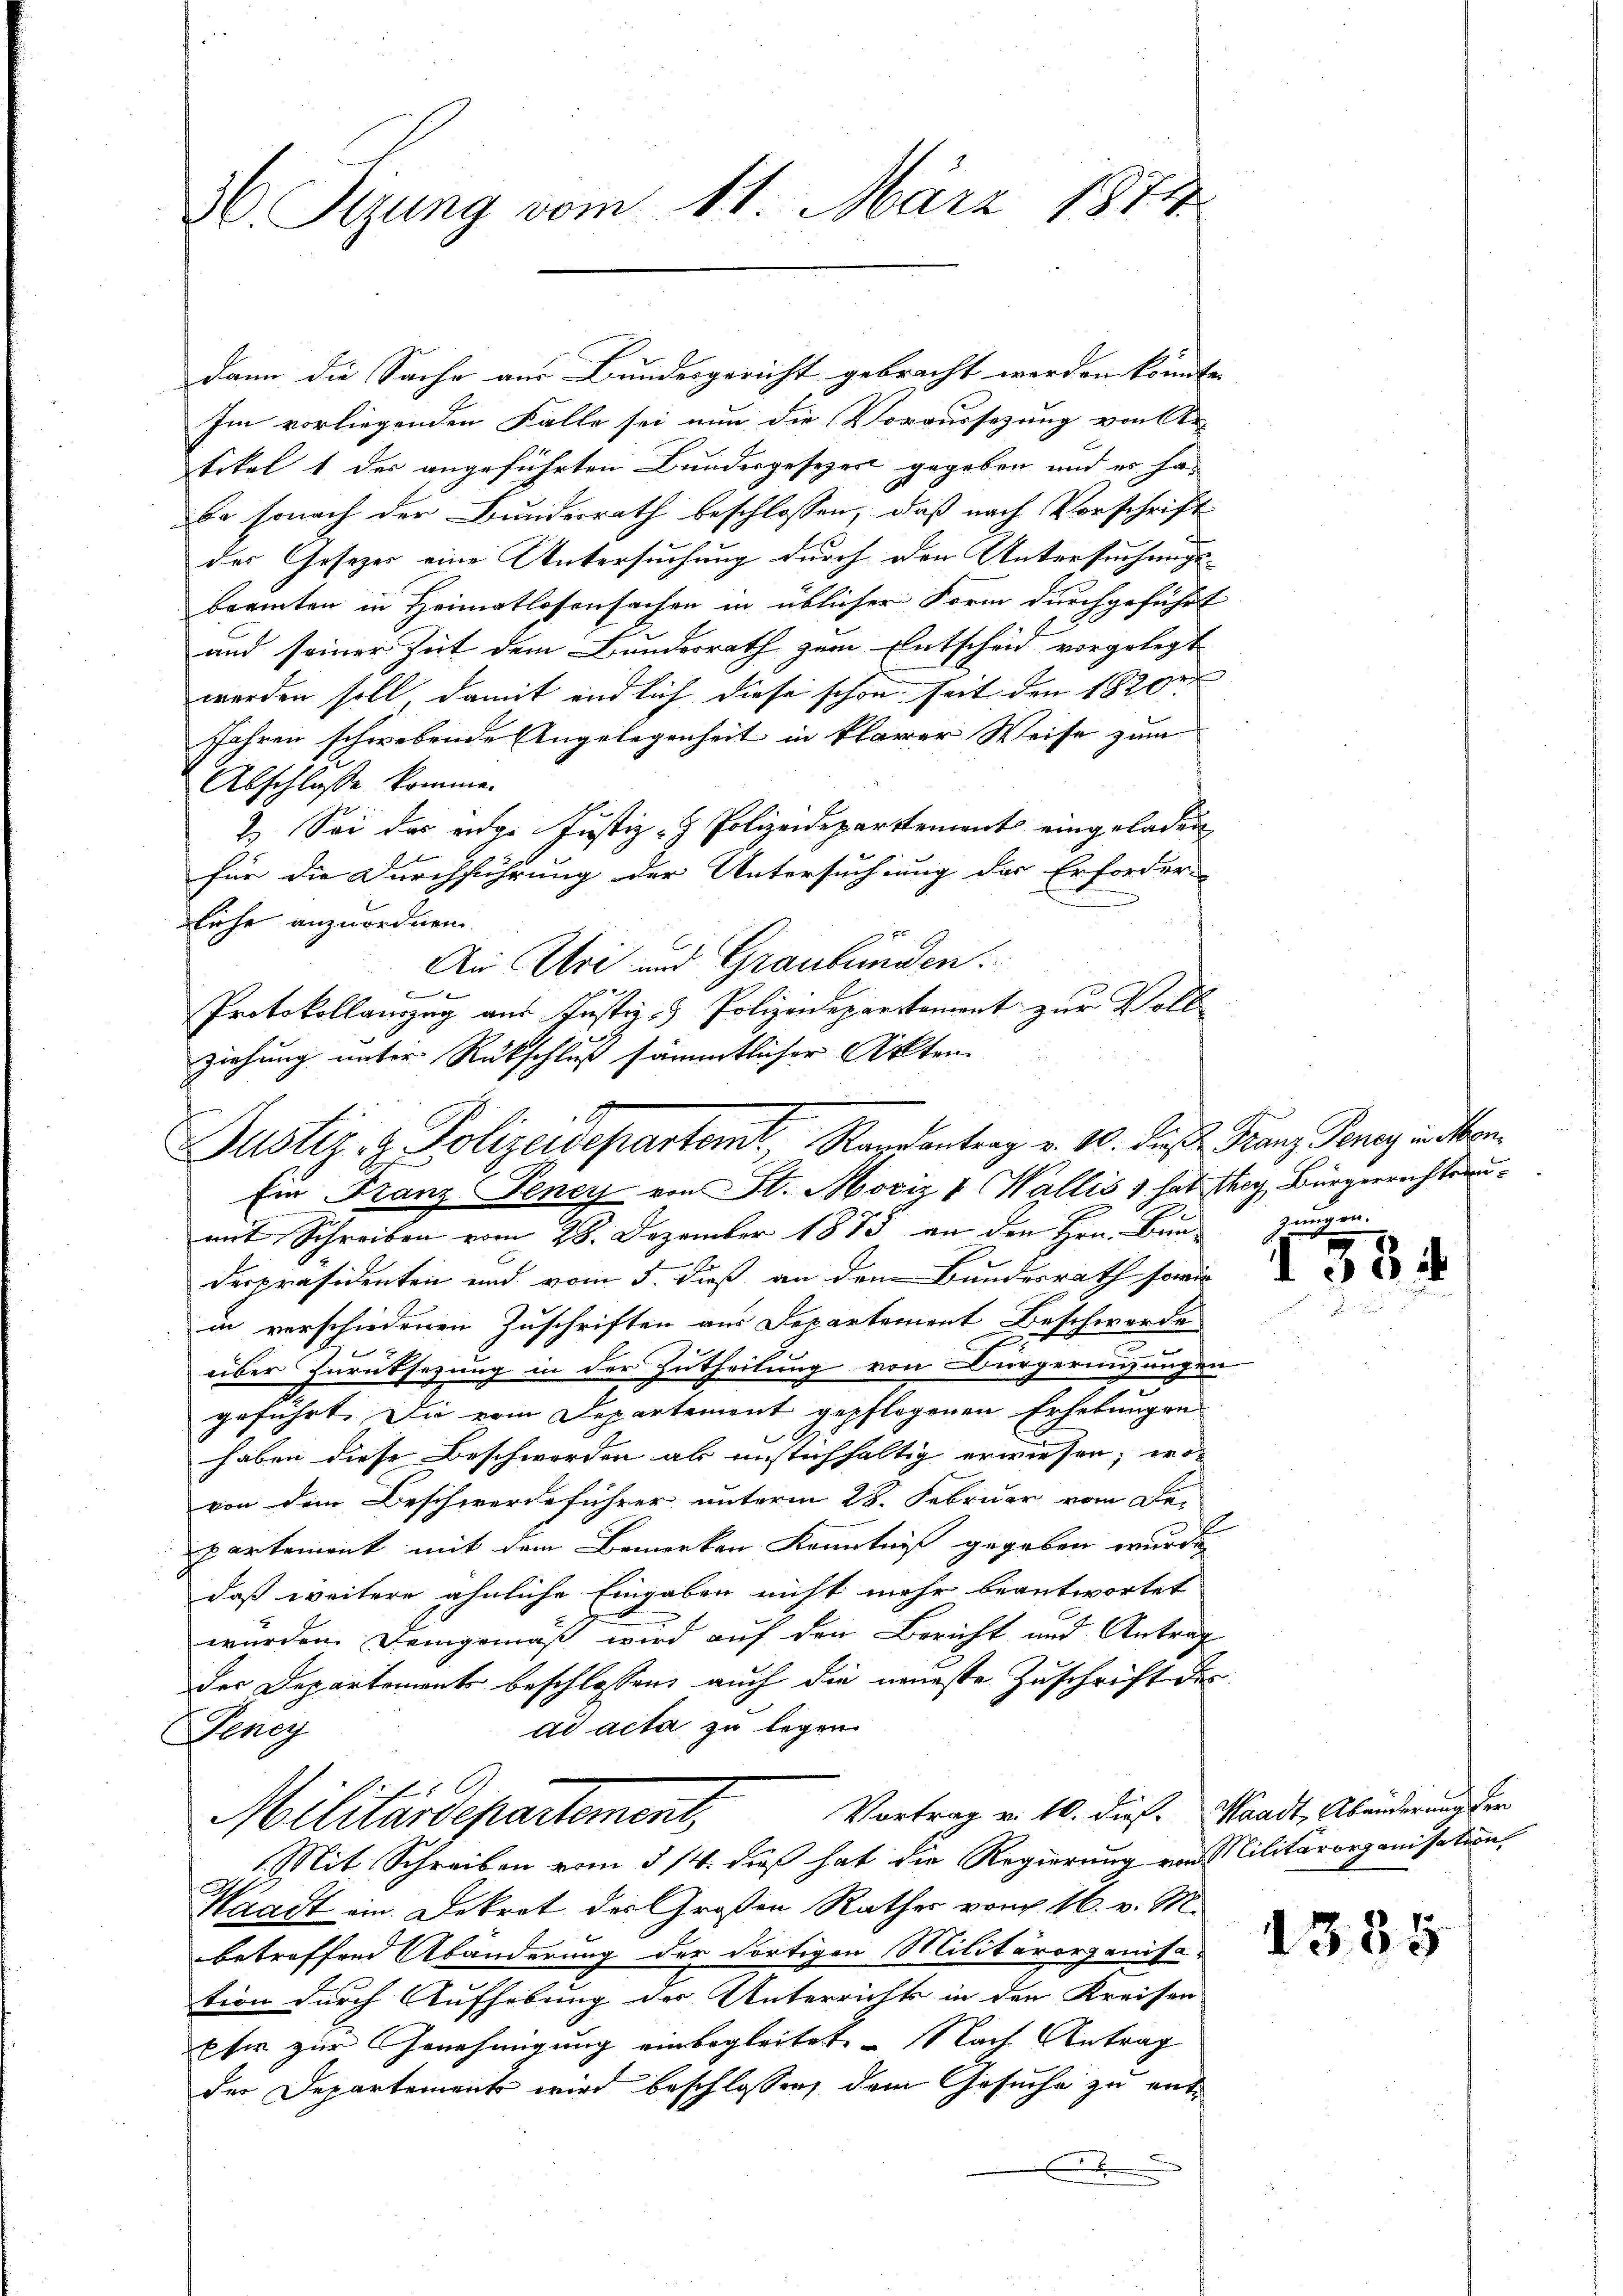
36. Sizung vom 11. März 1874

dann die Sache aus Bundesgericht gebracht werden könnte
Im vorliegenden Falle sei nun die Voraussezung von Ar-
tikel 1 des angeführten Bundesgesezert gegeben und es ha
be sonach der Bundesrath beschlossen, daß nach Vorschrift
des Gesetzes eine Untersuchung durch den Untersuchungsbeamten in Heimatlosensachen in üblicher Form durchgeführt
and seiner Zeit dem Bundesrath zum Entscheid vorgelegt
werden soll, damit und sich diese schon seit den 1820
Jahren schwebende Angelegenheit in klarer Weise zum
Abschlosse komme.
2. Sei das eige Justiz- & Polizeidepartement eingeladen
für die Durchführung der Untersuchung der Erforder
liche anzuordnen.
An Uri und Graubünden.
1
|
Protokollanzug aus Justiz- & Polizeidepartement zur Voll
ziehung unter Rückschluß sämmtlicher Akten
mit Schreiben vom 28. Dezember 1873 an den Hrn. Bau jungen
derpräsidenten und vom 5. dieß an dem Bundesrath sowie
in verschiedenen Zuschriften aus Departement Beschwerde
.
über Zurüksezung in der Zutheilung von Bürgeringungen
geführt. Die vom Departement gepflogenen Erhebungen
G.
haben diese Beschwerden ab unstichhaltig erwiesen, wos
von dem Beschwerdeführer unterm 28. Februar vom Be-
partement mit dem Bemerken Kenntniß gegeben wurde,
daß weitere ähnliche Eingaben nicht mehr beantwortet
wurden. Demgemäß wird auf den Bericht und Antrag
der Departements beschlossen, auch die neueste Zuschrift des
ad acta zu legen.
ngg
Vortrag v. 10. dieß. Waadt, Abänderung der
Militärdepartement,
(Mit Schreiben vom 3/4. dieß hat die Regierung von Militärorganisation
Waadt ein. Dekret des Großen Rathes vom 16. v. M.
betreffend Abänderung der dortigen Militärorganisa-
tion durch Aufhebung der Unterrichts in den Kreisen
Efer zur Genehmigung einbegleitet. Nach Antrag
der Departement wird beschlossen, dem Gesuche zu ente

Justiz- & Polizeidepartemt, Randantrag v. 10. dieß Franz Gener danken
Ein Franz Teney von St. Moriz & Wallis 1 hat they Bürgerrechtsan¬

u
E

1534

E

1335